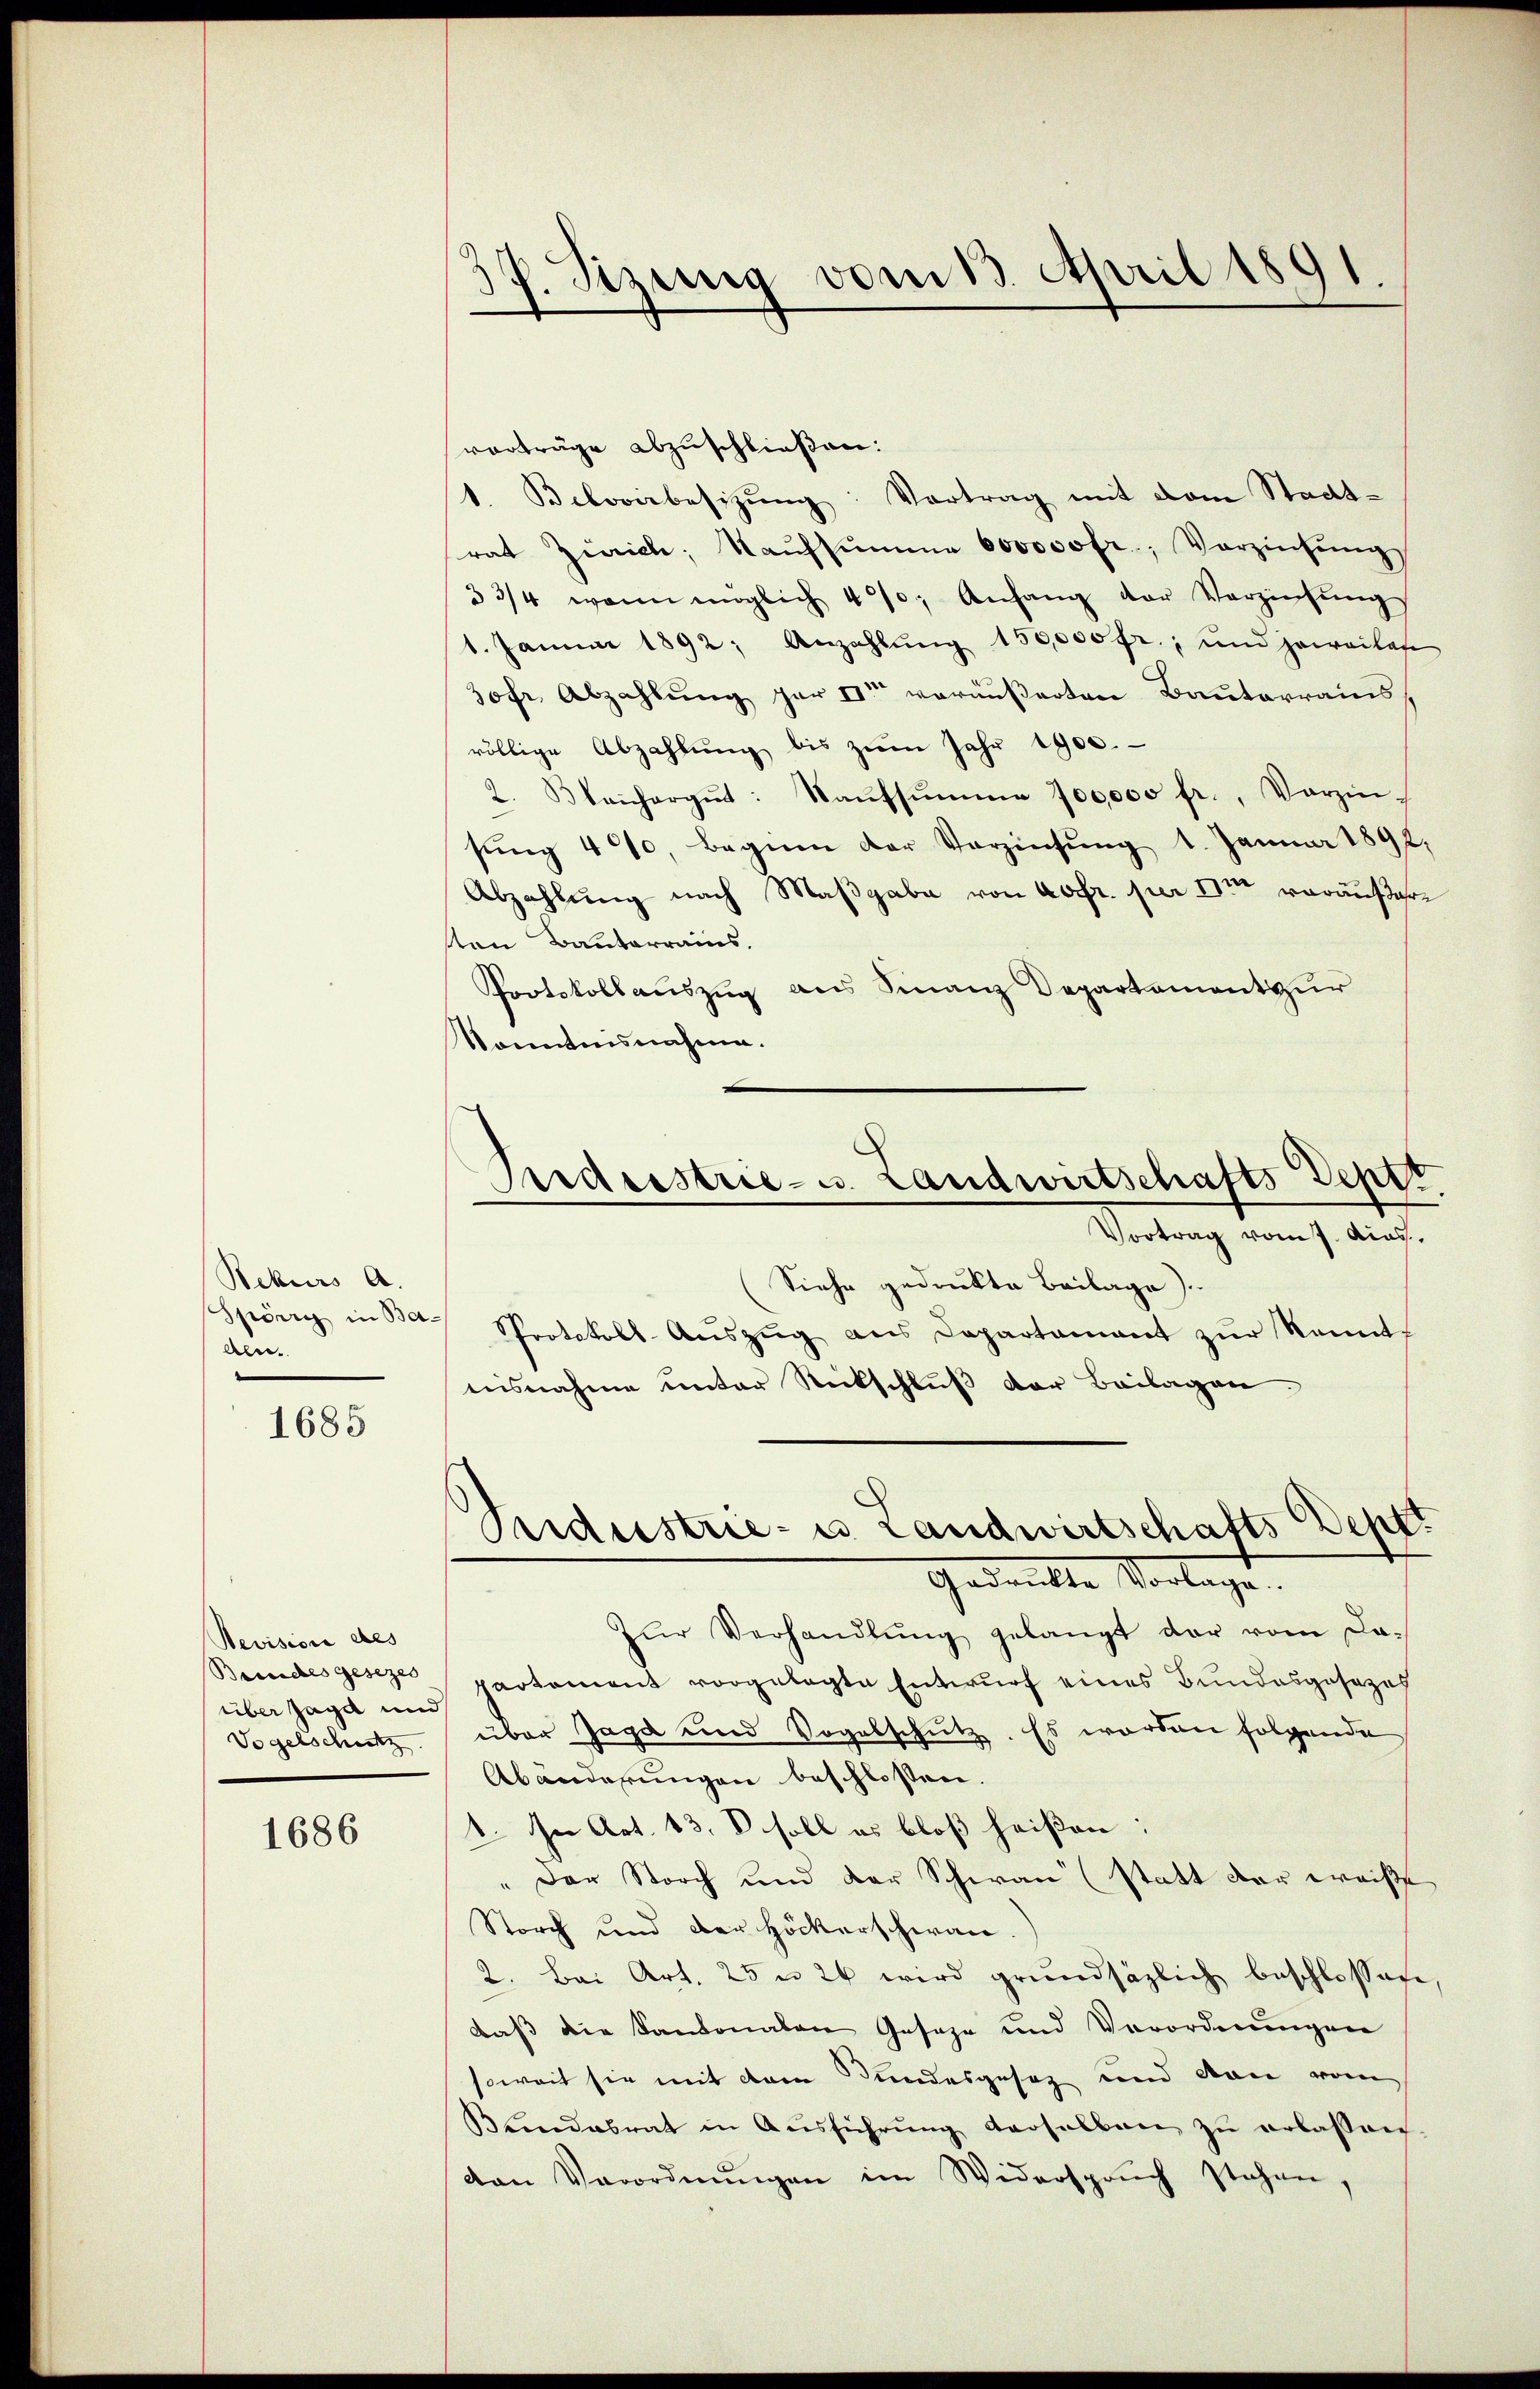
Rekurs A.
Aben

1685

Nevision des
Bundes gesezes
über Jagd und
Vogelschutz

1686

e
Stzung vom 13. April 1891.

vorträge abzuschließen:
1. Beloviebesitzŭng: Vertrag mit dem Stadtrat Zürich, Kaŭfsumme 600000 fr.; Vorziehungs
33/4 wann möglich 4, Anfang der Verzinsŭngs
1. Januar 1892; Anzahlŭng 150,000 fr., und jeweilet
30fr. Abzahlung gar der veräußerten Bauterrains,
völlige Abzahlŭng bis zŭm Jahr 1900.
2. Blanchorgŭt: Kaŭfsŭmme 100000 fr., Verzin-
sŭng 400, beginn der Verzinsung 1. Januar 1891
Abzahlung nach Maßgabe von Aofr. per die vorauser
sten Bauterrains.
Protokollauszug aus Finanz Departement zur
Kenntnisnahme.
Siehe gedrukte Beilage).
Spörri in das Protokoll-Aŭszŭg ans Departamant zŭr kannt
nisnahme unter Rückschluß der Beilagen.
Bidustrie- u. Landwirtschafts Depe
Gedankte Vorlagen.
Zŭr Verhandlŭng gelangt der vom Da-
partement vorgelegte Entwurf eines Bundesgesezes
über Jagd und Vogelschutz. Es worden folgende
Abänderungen beschlossen.
1. In Art. 13. V soll es bloß heißen:
" Der Storch und der Schwan“ (statt der weiße
Storch und der Höckerschwan
2. Bei Art. 25 n 26 wird grundsätzlich beschlossage
daß die Kantonalen Geseze und Verordnungen
soweit sie mit dem Kundesgesez und von vom
Bundesrat in Aŭsführŭng derselben zŭ erlassen
den Verordnŭngen im Widerspruch stehen,

Gerdrestrie- u. Landwirtschafts Deptt
Vortrag vom 7. Ains.